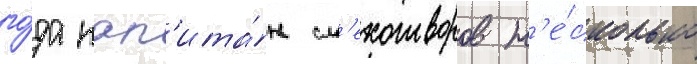
го́да кап'ита́н см'ехотворов н'е́сколько